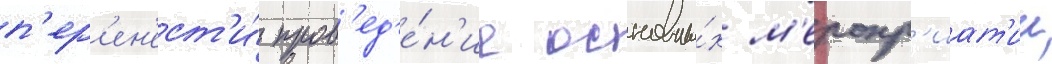
п'ер'ен'ест'и́ пров'ед'е́н'ие основны́х м'еропр'иат'ии